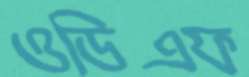
ওডিএফ